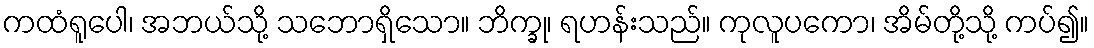
ကထံရူပေါ၊ အဘယ်သို့ သဘောရှိသော။ ဘိက္ခု၊ ရဟန်းသည်။ ကုလူပကော၊ အိမ်တို့သို့ ကပ်၍။